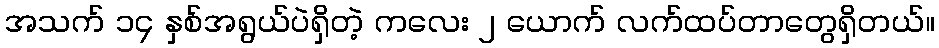
အသက် ၁၄ နှစ်အရွယ်ပဲရှိတဲ့ ကလေး ၂ ယောက် လက်ထပ်တာတွေရှိတယ်။